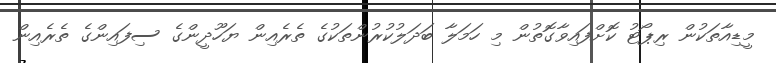
މީޑިއާތަކުން ރިޕޯޓު ކޮށްފައިވާގޮތުން މި ހަމަލާ ބަދަލުކުރުންތަކުގެ ތެރެއިން ޔަހޫދީންގެ ސިފައިންގެ ތެރެއިން